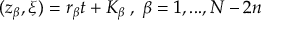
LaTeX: ( z _ { \beta } , \xi ) = r _ { \beta } t + K _ { \beta } \; , \; \beta = 1 , . . . , N - 2 n